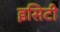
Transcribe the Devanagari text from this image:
इसिटी